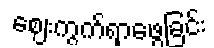
ဈေးကွက်ရှာဖွေခြင်း